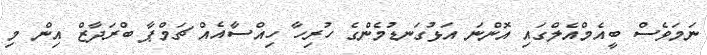
ނަމަވެސް ބީއެމްއެލްގައި އޮންނަ އަޅުގަނޑުމެންގެ ހުރިހާ ހިއްސާއެއް ޗަމްޕާ ބްރަދާޒް އިން މި